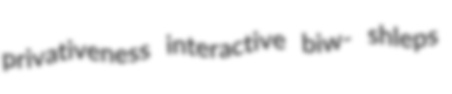
privativeness interactive biw- shleps